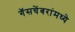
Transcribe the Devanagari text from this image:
गॅसचेंबरांमध्ये